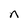
Character: n